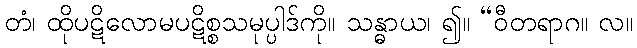
တံ၊ ထိုပဋိလောမပဋိစ္စသမုပ္ပါဒ်ကို။ သန္ဓာယ၊ ၍။ “ဝီတရာဂ။ လ။